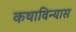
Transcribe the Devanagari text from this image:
कथाविन्यास